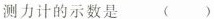
测力计的示数是()